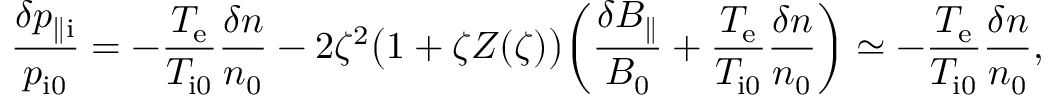
\frac { \delta p _ { \parallel \mathrm { i } } } { p _ { \mathrm { i 0 } } } = - \frac { T _ { \mathrm { e } } } { T _ { \mathrm { i 0 } } } \frac { \delta n } { n _ { 0 } } - 2 \zeta ^ { 2 } \bigl ( 1 + \zeta Z ( \zeta ) \bigr ) \biggl ( \frac { \delta B _ { \parallel } } { B _ { 0 } } + \frac { T _ { \mathrm { e } } } { T _ { \mathrm { i 0 } } } \frac { \delta n } { n _ { 0 } } \biggr ) \simeq - \frac { T _ { \mathrm { e } } } { T _ { \mathrm { i 0 } } } \frac { \delta n } { n _ { 0 } } ,